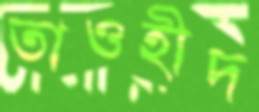
তাওহীদ